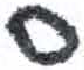
אות: ס